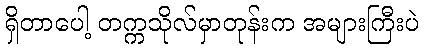
ရှိတာပေါ့ တက္ကသိုလ်မှာတုန်းက အများကြီးပဲ